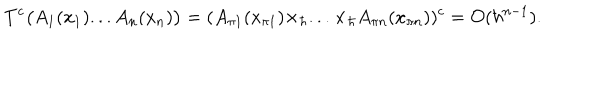
LaTeX: T ^ { c } \bigl ( A _ { 1 } ( x _ { 1 } ) . . . A _ { n } ( x _ { n } ) \bigr ) = ( A _ { \pi 1 } ( x _ { \pi 1 } ) \times _ { \hbar } . . . \times _ { \hbar } A _ { \pi n } ( x _ { \pi n } ) ) ^ { c } = { \cal O } ( \hbar ^ { n - 1 } ) .